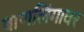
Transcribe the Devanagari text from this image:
बाणलिंगावर